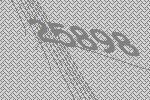
25898